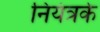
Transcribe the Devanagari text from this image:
नियंत्रके